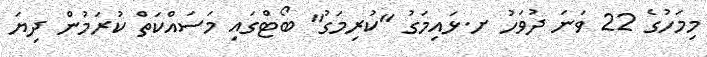
މިމަހުގެ 22 ވަނަ ދުވަހު ށ.ޅައިމަގު "ކުރިމަގު" ބޯޓްގައި މަސައްކަތް ކުރަމުން ދިޔަ